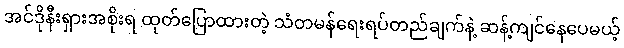
အင်ဒိုနီးရှားအစိုးရ ထုတ်ပြောထားတဲ့ သံတမန်ရေးရပ်တည်ချက်နဲ့ ဆန့်ကျင်နေပေမယ့်